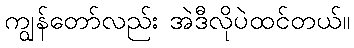
ကျွန်တော်လည်း အဲဒီလိုပဲထင်တယ်။